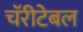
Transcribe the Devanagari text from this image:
चॅरीटेबल